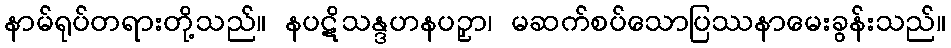
နာမ်ရုပ်တရားတို့သည်။ နပဋိသန္ဒဟနပဉှာ၊ မဆက်စပ်သောပြဿနာမေးခွန်းသည်။